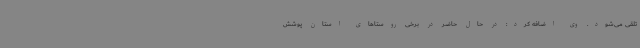
تلقی می‌شود. وی اضافه کرد: در حال حاضر در برخی روستاهای استان پوشش